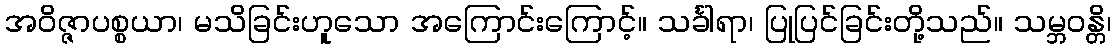
အဝိဇ္ဇာပစ္စယာ၊ မသိခြင်းဟူသော အကြောင်းကြောင့်။ သင်္ခါရာ၊ ပြုပြင်ခြင်းတို့သည်။ သမ္ဘဝန္တိ၊